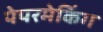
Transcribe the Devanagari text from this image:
पेपरमेकिंग